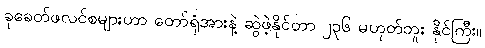
ခုခေတ်ဖလင်စများဟာ တော်ရုံအားနဲ့ ဆွဲဖဲ့နိုင်တာ ၂၃၆ မဟုတ်ဘူး နိုင်ကြီး။